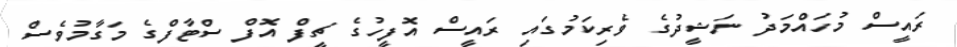
ރައީސް މުހައްމަދު ނަޝީދުގެ ވެރިކަމުގައި ރައީސް އޮފީހުގެ ޗީފް އޮފް ސްޓާފްގެ މަގާމުވެސް